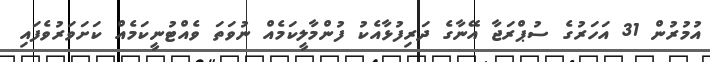
އުމުރުން 31 އަހަރުގެ ސުޕްރަޖާ އޭނާގެ ދަރިފުޅާއެކު ފުންމާލީކަމެއް ނުވަތަ ވެއްޓުނީކަމެއް ކަށަވަރުވެފައި